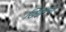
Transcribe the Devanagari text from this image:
खिझरचा